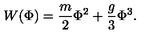
W ( \Phi ) = \frac { m } { 2 } \Phi ^ { 2 } + \frac { g } { 3 } \Phi ^ { 3 } .